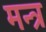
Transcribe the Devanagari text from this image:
मन्‍त्र